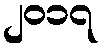
၂၀၁၇